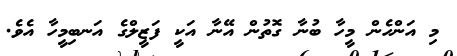
މި އަންހެން މީހާ ބުނާ ގޮތުން އޭނާ އަކީ ފަޒީލްގެ އަނބިމީހާ އެވެ.